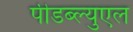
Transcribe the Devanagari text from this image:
पीडब्ल्युएल